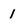
Character: 1